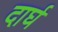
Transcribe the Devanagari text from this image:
दार्घ